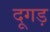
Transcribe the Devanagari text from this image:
दूगड़